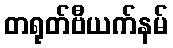
တရုတ်ဗီယက်နမ်